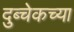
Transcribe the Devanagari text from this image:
दुब्चेकच्या